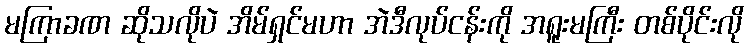
မကြာခဏ ဆိုသလိုပဲ အိမ်ရှင်မဟာ အဲဒီလုပ်ငန်းကို အရူးမကြီး တစ်ပိုင်းလို